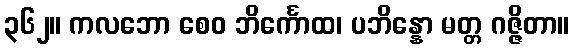
၃၆၂။ ကလဘော စေဝ ဘိင်္ကောထ၊ ပဘိန္နော မတ္တ ဂဇ္ဇိတာ။